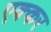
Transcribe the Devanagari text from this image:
एक्कर